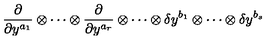
\frac \partial { \partial y ^ { a _ { 1 } } } \otimes \cdots \otimes \frac \partial { \partial y ^ { a _ { r } } } \otimes \cdots \otimes \delta y ^ { b _ { 1 } } \otimes \cdots \otimes \delta y ^ { b _ { s } }